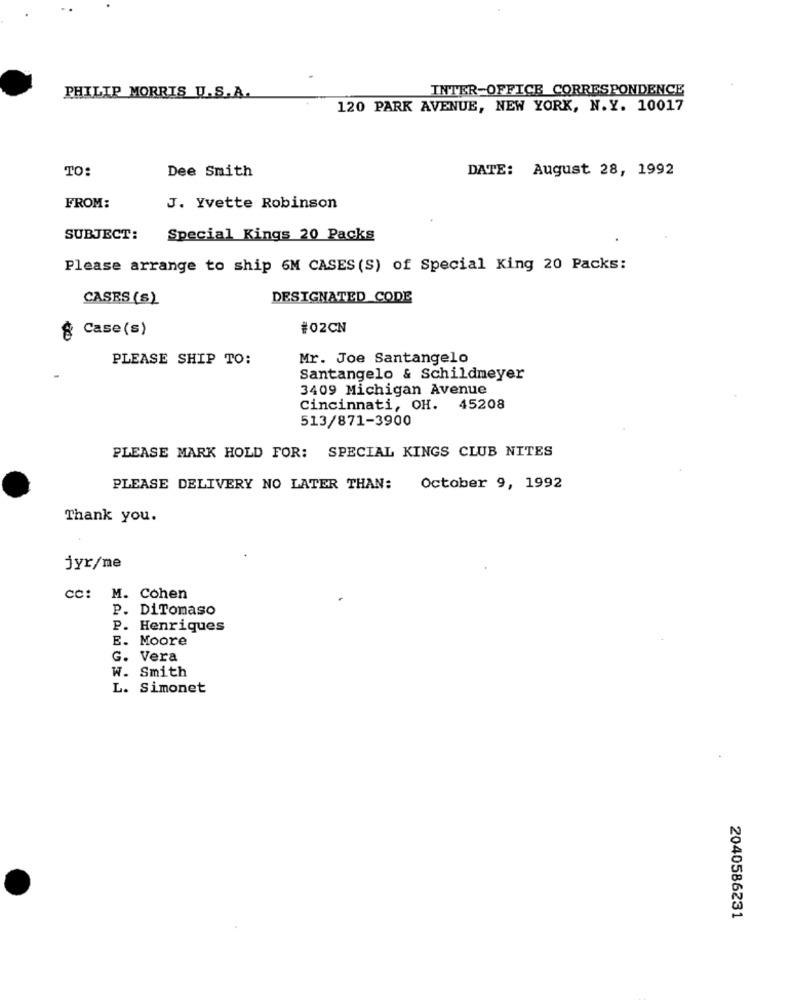
INTER-OFFICE CORRESPONDENCE
PHILIP MORRIS U.S.A.
120 PARK AVENUE, NEW YORK, N.Y. 10017
TO:
Dee Smith
DATE: August 28, 1992
FROM:
J. Yvette Robinson
SUBJECT:
Special Kings 20 Packs
Please arrange to ship 6M CASES (S) of Special King 20 Packs:
CASES (S)
DESIGNATED CODE
§ Case(s)
#02CN
PLEASE SHIP TO:
Mr. Joe Santangelo
Santangelo & Schildmeyer
3409 Michigan Avenue
Cincinnati, OH. 45208
513/871-3900
PLEASE MARK HOLD FOR: SPECIAL KINGS CLUB NITES
PLEASE DELIVERY NO LATER THAN: October 9, 1992
Thank you.
jyr/me
cc: M. Cohen
P. DiTomaso
P. Henriques
E. Moore
G. Vera
W. Smith
L. Simonet
2040586231